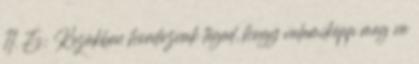
11. És: Kezükben hordoznak téged, hogy valamiképp meg ne